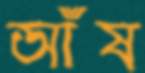
আঁষ